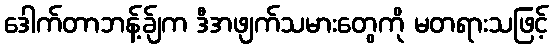
ဒေါက်တာဘန့်ခ်ျက ဒီအဖျက်သမားတွေကို မတရားသဖြင့်